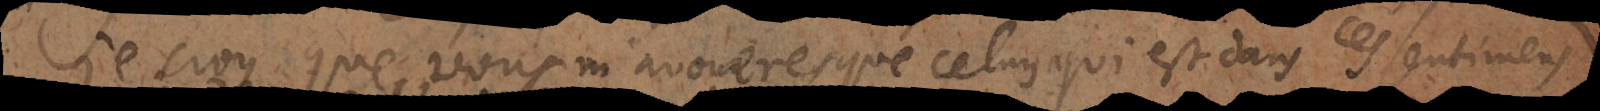
croy que vous m’avoueres que celuy qui est dans ces sentimens